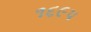
૧૬૯૫